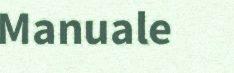
Manuale